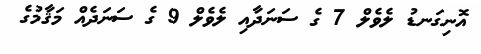
އޮނިގަނޑު ލެވެލް 7 ގެ ސަނަދާއި ލެވެލް 9 ގެ ސަނަދެއް މަޤާމުގެ